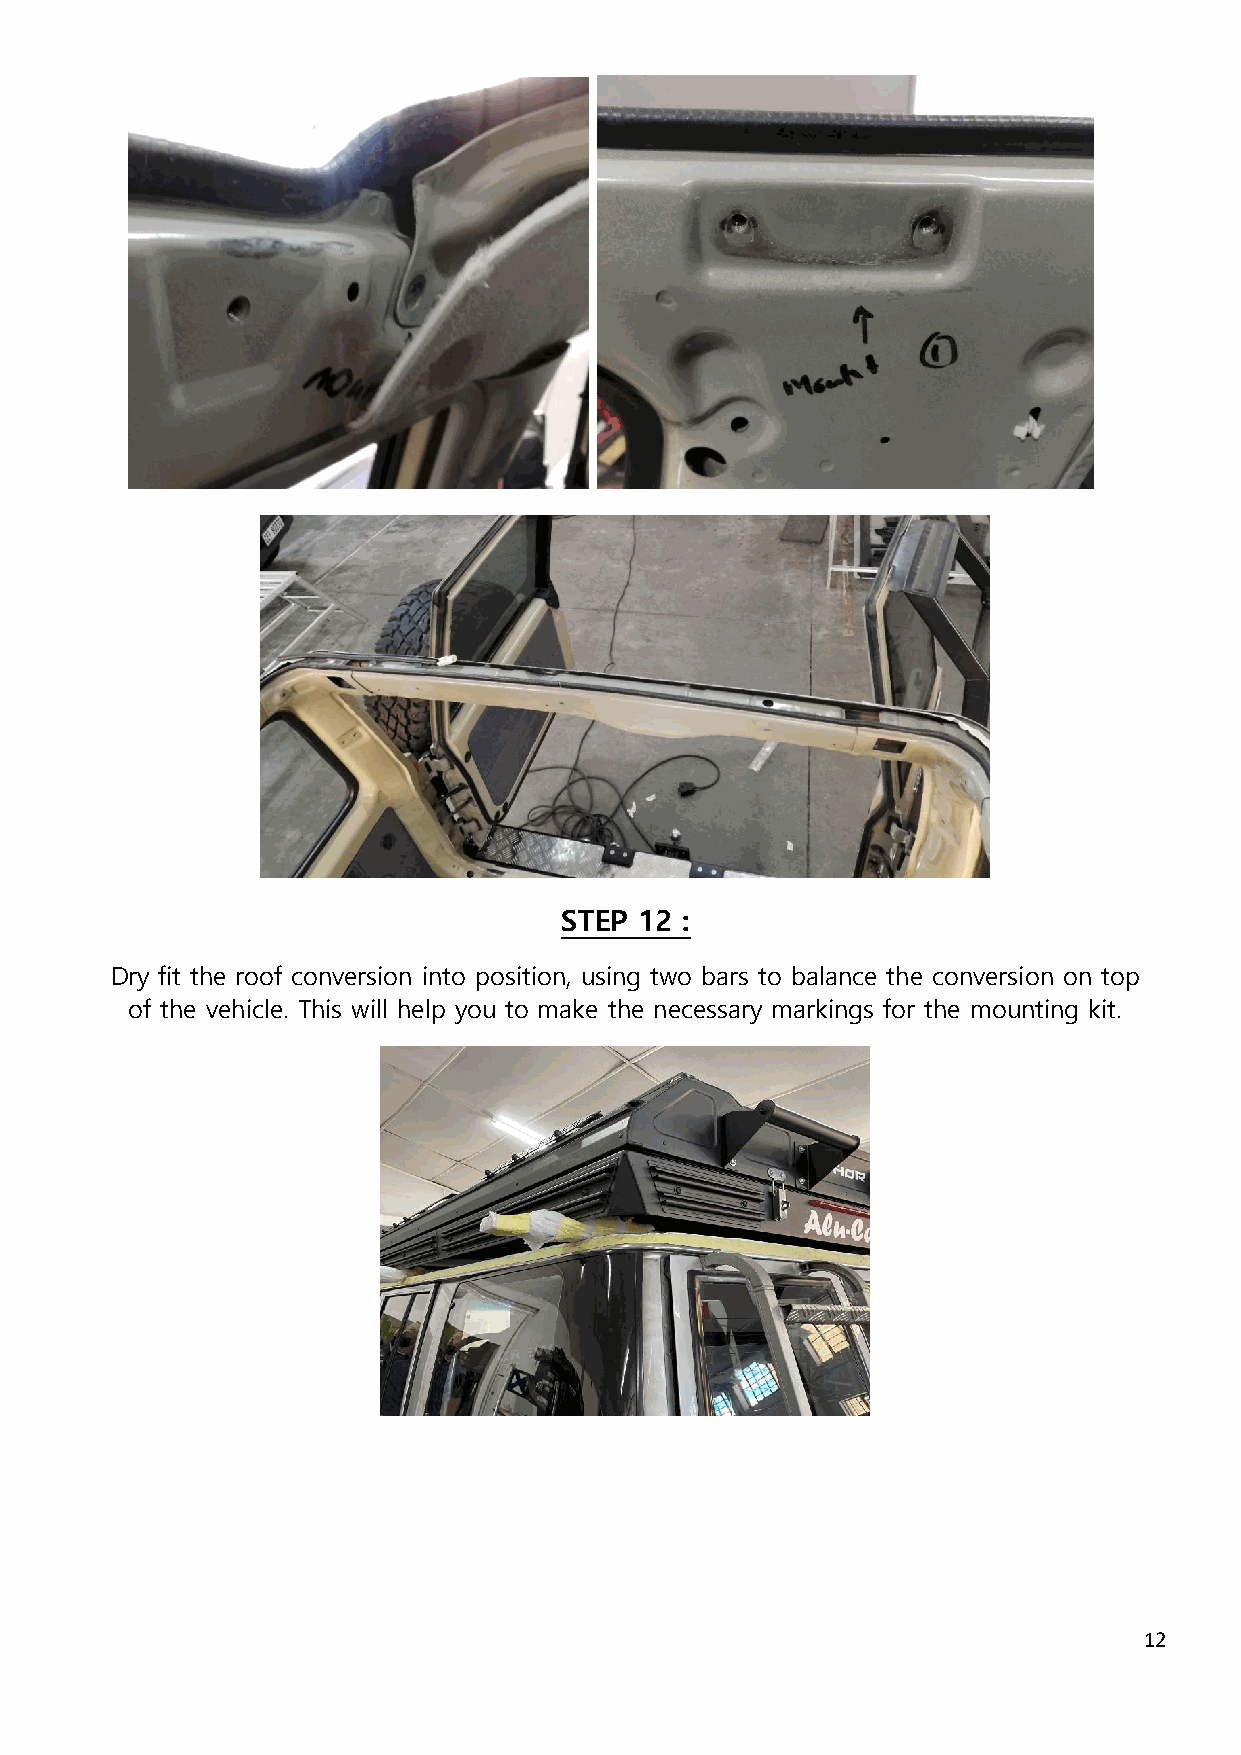
STEP 12 :
 Dry fit the roof conversion into position, using two bars to balance the conversion on top
 of the vehicle. This will help you to make the necessary markings for the mounting kit.
 12